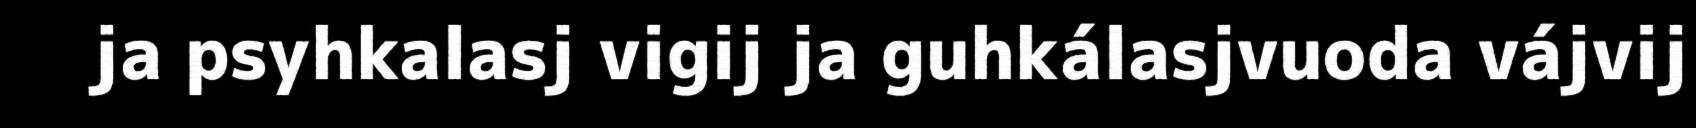
ja psyhkalasj vigij ja guhkálasjvuoda vájvij